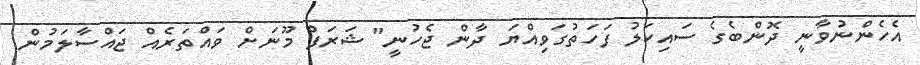
އެހެންނުވާނީ ދޮންބެގެ ސައިކަލު ފަހަތުގަވިއްޔަ ދާން ޖެހުނީ" ޝަރަފް މޫނަށް ވައްތަރެއް ޖައްސާލަމުން